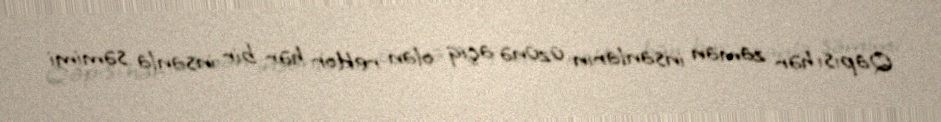
Qapısı hər zaman insanların üzünə açıq olan rektor hər bir insanla səmimi